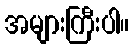
အများကြီးပါ။